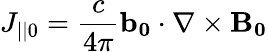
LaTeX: J_{||0}=\frac{c}{4\pi}\mathbf{b_{0}}\cdot\nabla\times\mathbf{B_{0}}